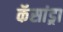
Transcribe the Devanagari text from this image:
कॅसांड्रा